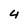
Character: 4